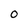
Character: O